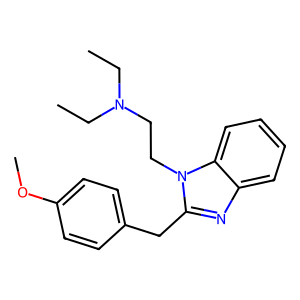
SMILES: CCN(CC)CCn1c(Cc2ccc(OC)cc2)nc2ccccc21
Inhibits HIV replication: No